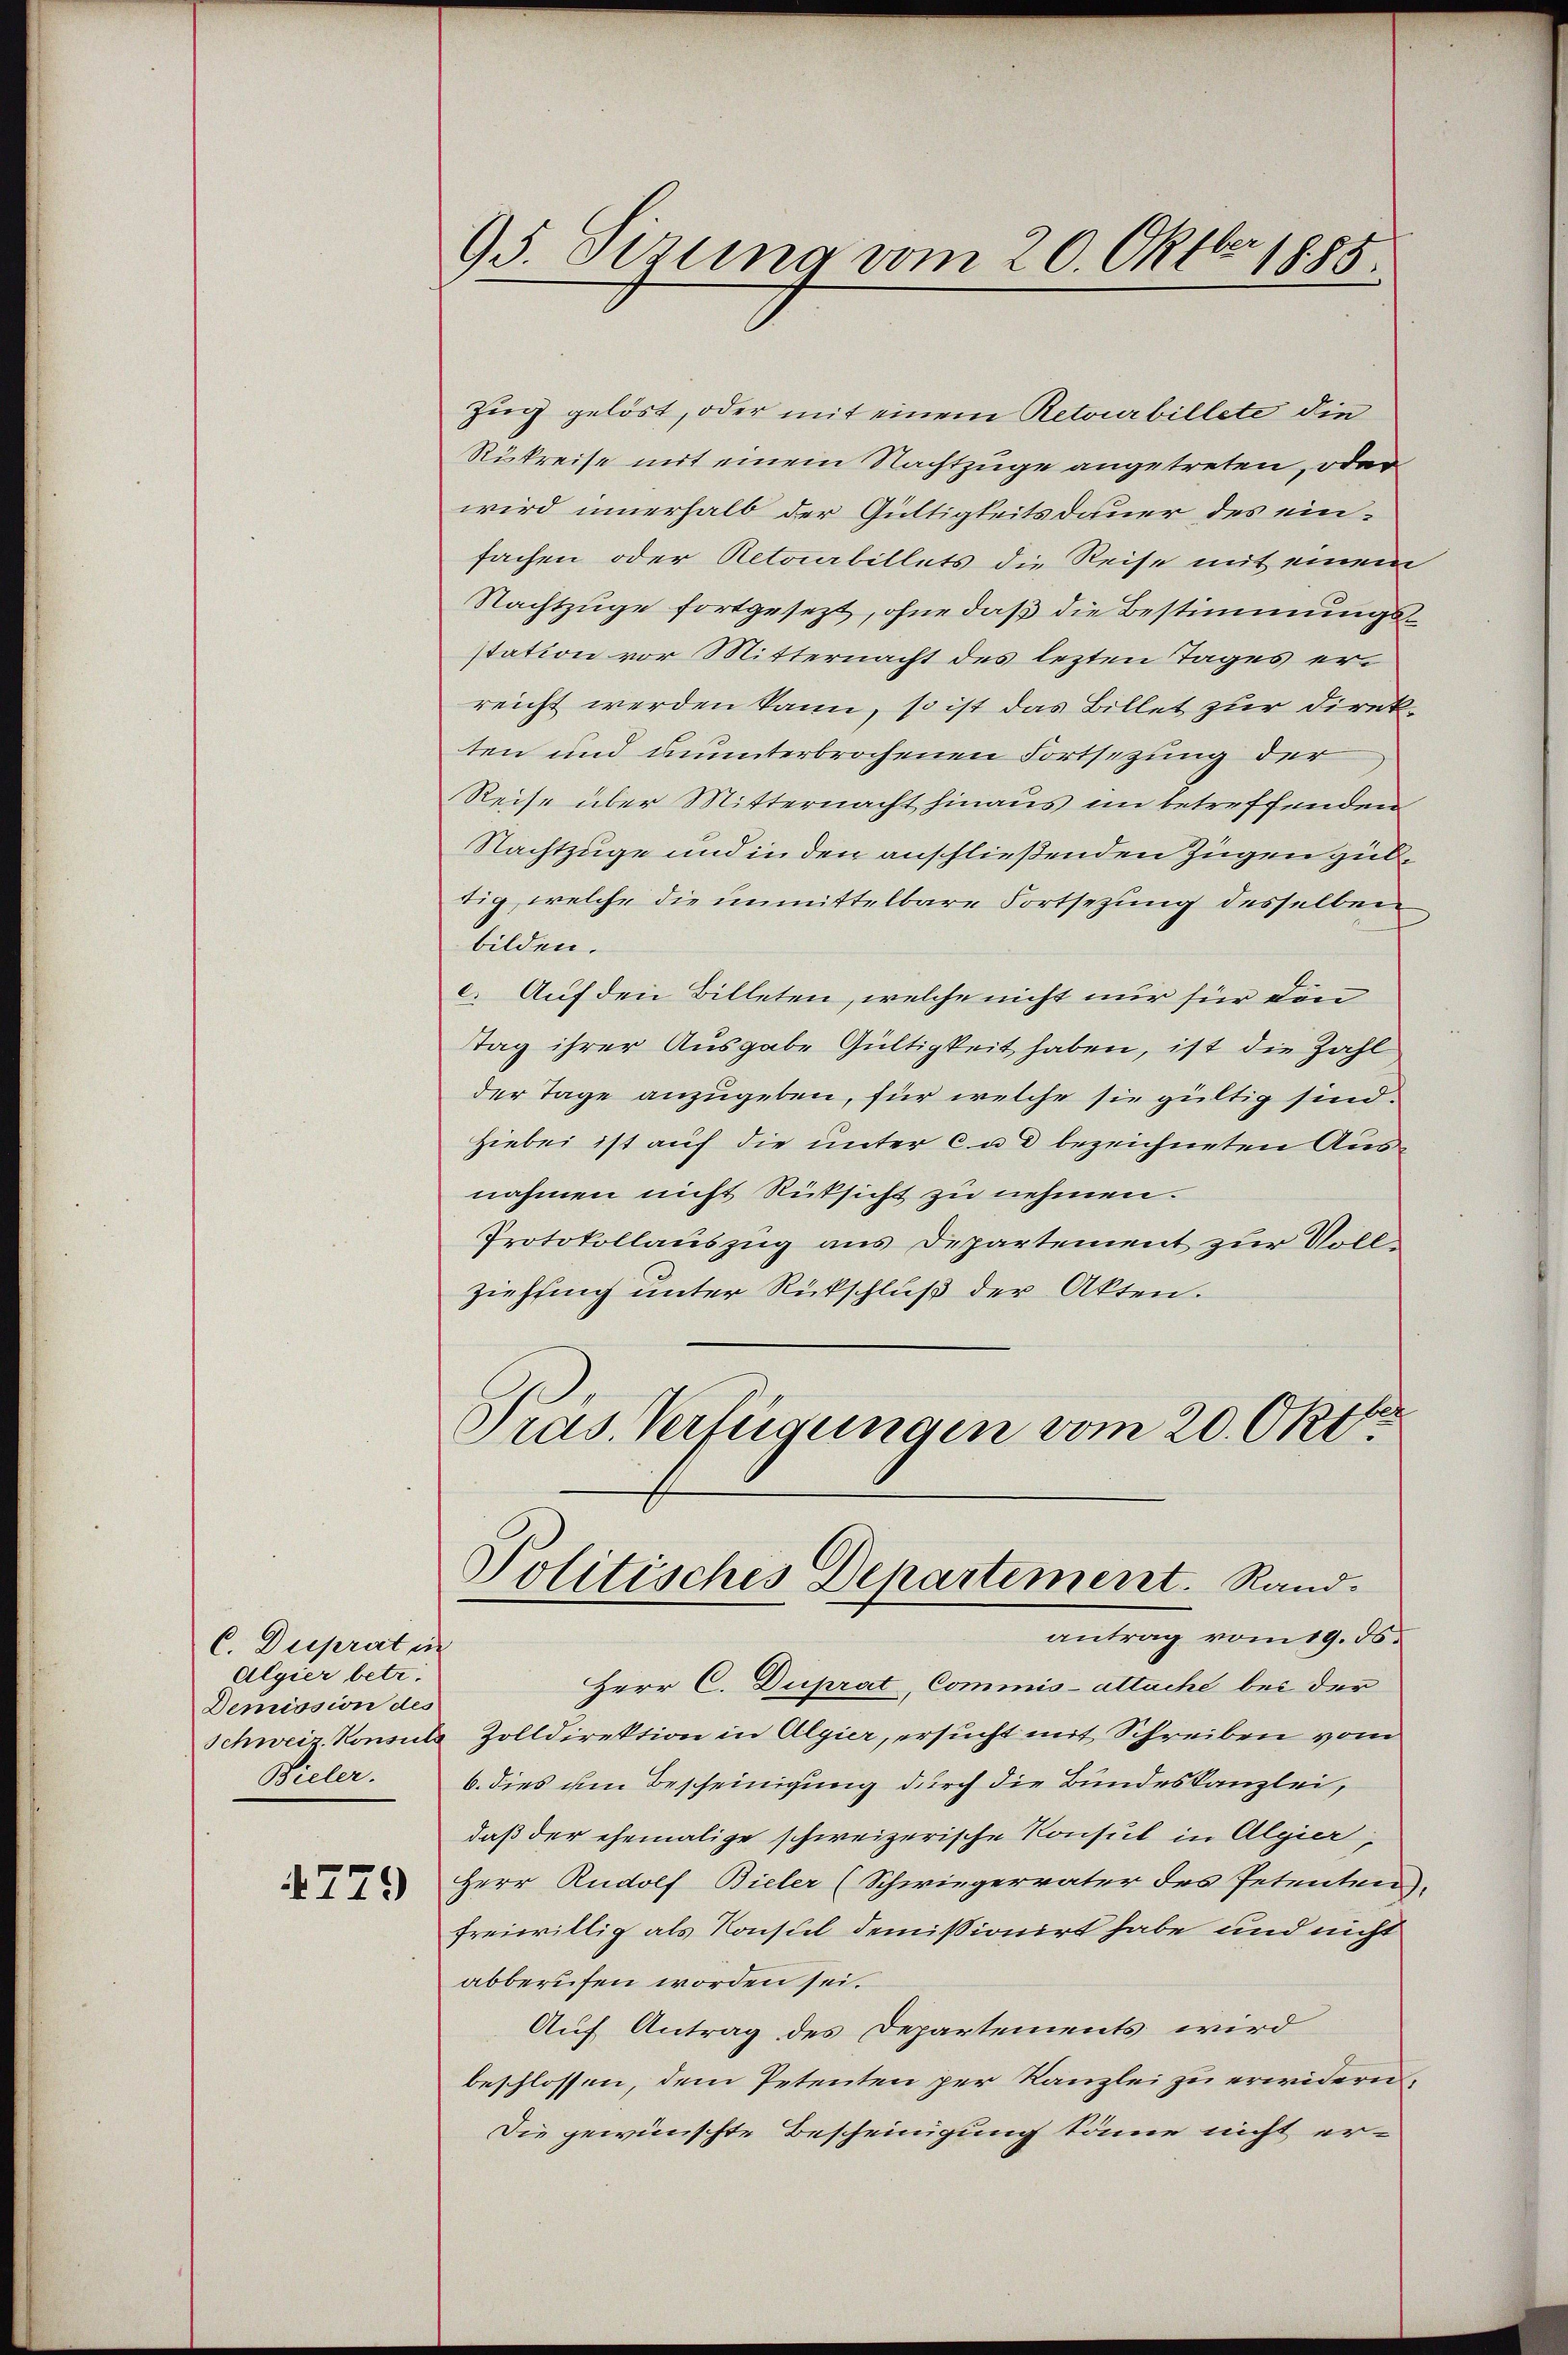
C. Duprat in
Algier betr.
Demission des
Bieler.

4729

95. Demma vom 20. Oktbr 1888

Zug gelöst, oder mit einem Retourbillete die
Rukreise mit einem Nachtzuge angetreten, oder
wird innerhalb der Gültigkeitsdauer des einfachen oder Retourbillets die Reise mit einem
Nachtzuge fortgesezt, ohne daß die Bestimmungsstation vor Mitternacht des lezten Tages erreicht werden kann, so ist das Billet zur Direkten und ununterbrochenen Fortsetzung der
Reise über Mitternacht hinaus im betreffenden
Nachtzuge und in den anschließenden Zügen guttig, welche die unmittelbare Fortsetzung desselben
bilden.
c. Auf den Billeten, welche nicht nur fier den
Tag ihrer Ausgabe Gültigkeit haben, ist die Zahl
der Tage anzugeben, für welche sie gültig sind.
Hiebei ist auf die unter Cad bezeichneten Ausnahmen nicht Rüksicht zu nehmen.
Protokollauszug aus Departement zur Vollziehung unter Rückschluß der Akten.
Pras. Verfügungen vom 20. Okt
Politisches Departement. Rand.
antrag vom 19. ds.
Herr C. Duprat, Commis-attache bei der
Schweiz. Konsuls Zolldirektion in Algier, ersucht mit Schreiben vom
b. dies am Bescheinigung durch die Bundeskanzlei,
daß der ehemalige schweizerische Konsul in Algier,
Herr Rudolf Bieler (Schwiegervater des Petenten.
freiwillig als Konsul demissionirt habe und nicht
abberufen worden sei.
Auf Antrag des Departements wird
beschlossen, dem Petenten per Kanzlei zu erwideren,
Die gewünschte Bescheinigung könne nicht er¬